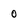
Character: 0